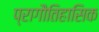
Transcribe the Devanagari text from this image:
प्रागौतिहासिक